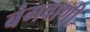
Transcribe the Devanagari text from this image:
बंगवाणी